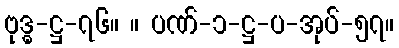
ဗုဒ္ဓ-ဋ္ဌ-၇၆။ ။ ပဏ်-၁-ဋ္ဌ-ပ-အုပ်-၅၇။